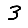
Digit: 3